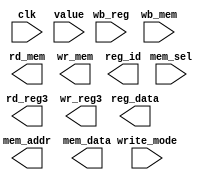
module WriteBack (input clk,
  input wire mem_sel,
  input wire [1:0] write_mode,
  input wire [3:0] wb_reg,
  input wire [15:0] wb_mem,
  input wire [15:0] value,
  output wire rd_mem,
  output wire wr_mem,
  output wire rd_reg3,
  output wire wr_reg3,
  output wire [3:0] reg_id,
  output wire [15:0] reg_data,
  output [15:0] mem_addr,
  output wire [15:0] mem_data
  );



endmodule // WriteBack